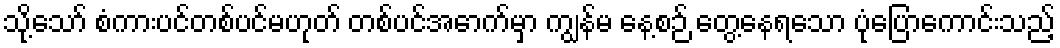
သို့သော် စံကားပင်တစ်ပင်မဟုတ် တစ်ပင်အောက်မှာ ကျွန်မ နေ့စဉ် တွေ့နေရသော ပုံပြောကောင်းသည့်